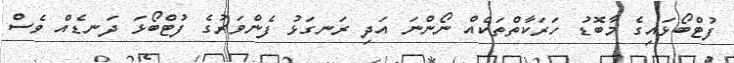
ފުޓްބޯޅައިގެ މާބޮޑު ހަރަކާތްތަކެއް ނޯންނަ އަދި ރަނގަޅު ފެންވަރުގެ ފުޓްބޯޅަ ދަނޑެއް ވެސް